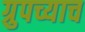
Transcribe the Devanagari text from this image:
ग्रुपच्याच